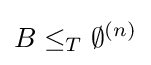
B\leq _{T}\emptyset ^{(n)}